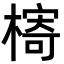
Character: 槣